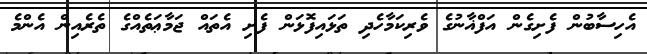
އެހިސާބުން ފެށިގެން އަފްޣާނުގެ ވެރިކަމާހެދި ތަޅައިފޮޅަން ފެށި އެތައް ޖަމާޢަތެއްގެ ތެރެއިން އެންމެ